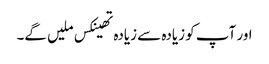
اور آپ کو زیادہ سے زیادہ تھینکس ملیں گے۔